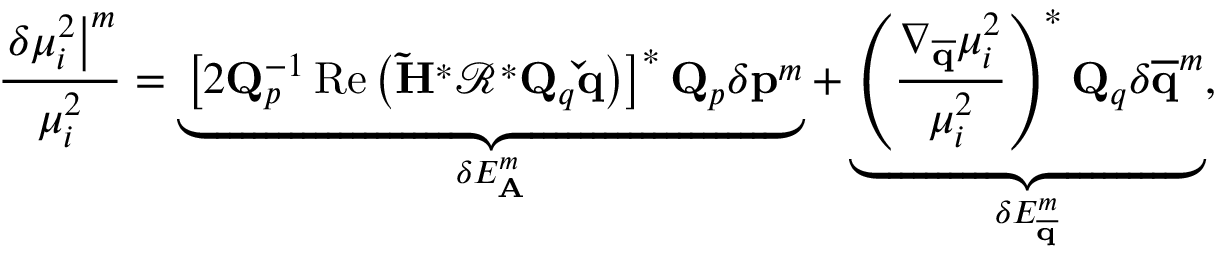
\frac { \left. \delta \mu _ { i } ^ { 2 } \right| ^ { m } } { \mu _ { i } ^ { 2 } } = \underbrace { \left[ 2 \mathbf { Q } _ { p } ^ { - 1 } \operatorname { R e } \left( \mathbf { \tilde { H } } ^ { * } \mathbf { \mathcal { R } } ^ { * } \mathbf { Q } _ { q } \mathbf { \check { q } } \right) \right] ^ { * } \mathbf { Q } _ { p } \delta \mathbf { p } ^ { m } } _ { \delta E _ { \mathbf { A } } ^ { m } } + \underbrace { \left( \frac { \nabla _ { \mathbf { \overline { { q } } } } \mu _ { i } ^ { 2 } } { \mu _ { i } ^ { 2 } } \right) ^ { * } \mathbf { Q } _ { q } \delta \mathbf { \overline { { q } } } ^ { m } } _ { \delta E _ { \mathbf { \overline { { q } } } } ^ { m } } ,